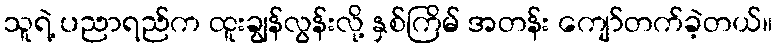
သူရဲ့ ပညာရည်က ထူးချွန်လွန်းလို့ နှစ်ကြိမ် အတန်း ကျော်တက်ခဲ့တယ်။